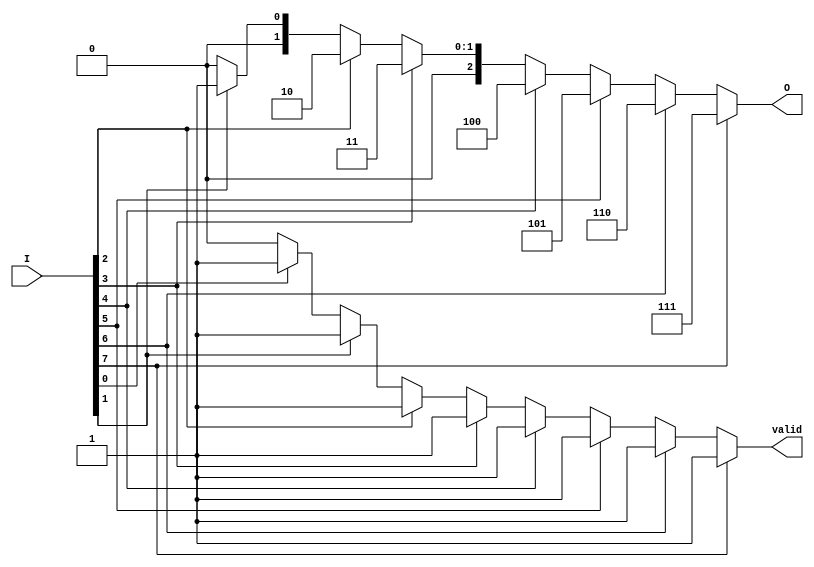
module priority_encoder_8to3 (
    input wire [7:0] I,   // 8 input lines
    output reg [2:0] O,   // 3 output lines
    output reg valid       // Valid output signal
);

// Always block to implement combinational logic
always @(*) begin
    // Initialize outputs
    O = 3'b000;           // Default output
    valid = 1'b0;        // Default valid signal

    // Check the inputs in reverse order for priority
    if (I[7]) begin
        O = 3'b111;       // Output for I[7]
        valid = 1'b1;
    end else if (I[6]) begin
        O = 3'b110;       // Output for I[6]
        valid = 1'b1;
    end else if (I[5]) begin
        O = 3'b101;       // Output for I[5]
        valid = 1'b1;
    end else if (I[4]) begin
        O = 3'b100;       // Output for I[4]
        valid = 1'b1;
    end else if (I[3]) begin
        O = 3'b011;       // Output for I[3]
        valid = 1'b1;
    end else if (I[2]) begin
        O = 3'b010;       // Output for I[2]
        valid = 1'b1;
    end else if (I[1]) begin
        O = 3'b001;       // Output for I[1]
        valid = 1'b1;
    end else if (I[0]) begin
        O = 3'b000;       // Output for I[0]
        valid = 1'b1;
    end
    // If all inputs are low, O remains 3'b000 and valid = 1'b0
end

endmodule